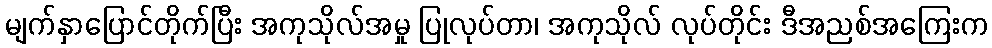
မျက်နှာပြောင်တိုက်ပြီး အကုသိုလ်အမှု ပြုလုပ်တာ၊ အကုသိုလ် လုပ်တိုင်း ဒီအညစ်အကြေးက